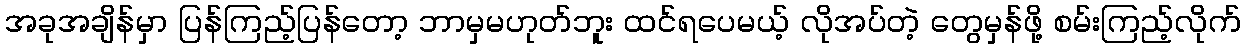
အခုအချိန်မှာ ပြန်ကြည့်ပြန်တော့ ဘာမှမဟုတ်ဘူး ထင်ရပေမယ့် လိုအပ်တဲ့ တွေမှန်ဖို့ စမ်းကြည့်လိုက်